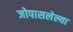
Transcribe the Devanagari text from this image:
जोपासलेल्या